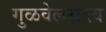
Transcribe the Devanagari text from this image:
गुळवेलसत्त्व